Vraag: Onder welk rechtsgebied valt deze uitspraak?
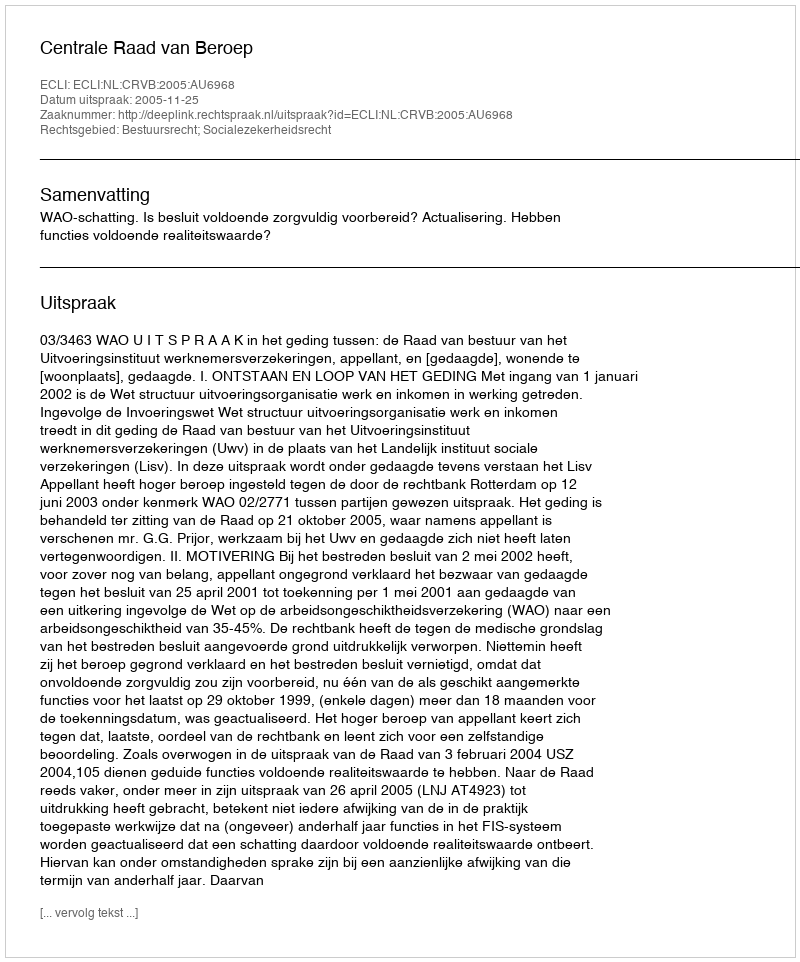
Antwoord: Bestuursrecht; Socialezekerheidsrecht